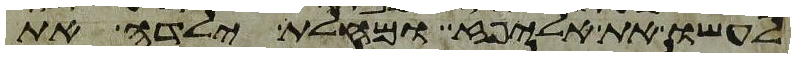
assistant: לעשו את אליפז ומחלת ילדה את